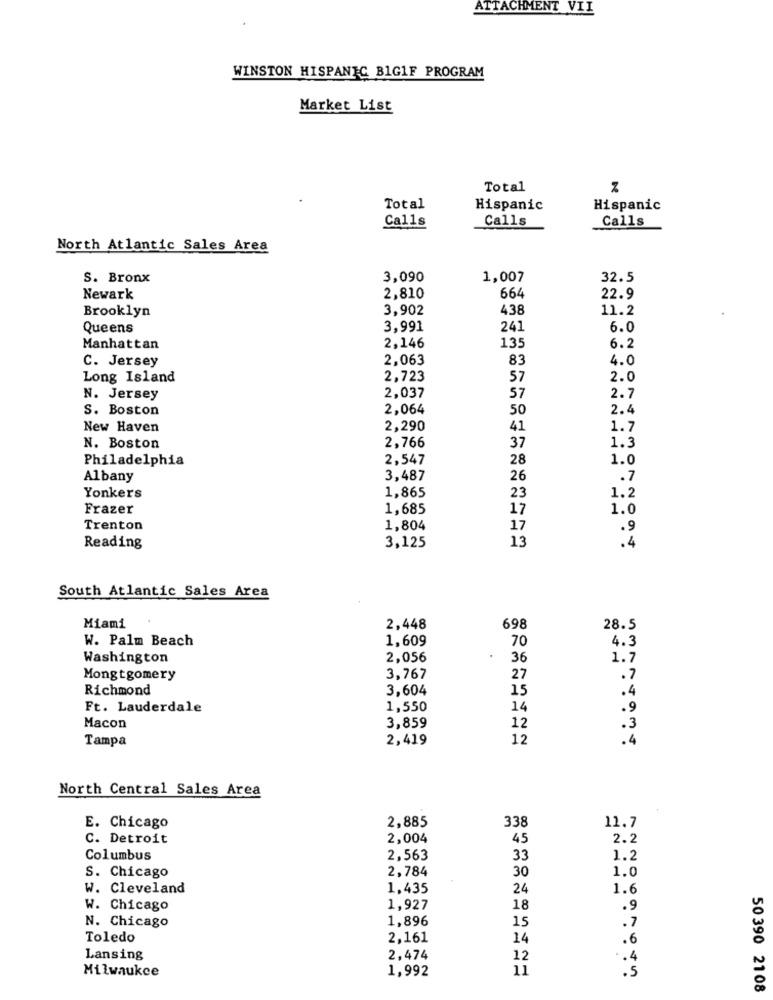
ATTACHMENT VII
WINSTON HISPANIC BIG1F PROGRAM
Market List
Total
Total
Hispanic
Hispanic
Calls
Calls
Calls
North Atlantic Sales Area
S. Bronx
3,090
1,007
32.5
Newark
2,810
664
22.9
Brooklyn
3,902
438
11.2
Queens
3,991
241
6.0
2,146
Manhattan
135
6.2
C. Jersey
2,063
83
4.0
Long Island
2,723
57
2.0
2,037
N. Jersey
57
2.7
S. Boston
2,064
50
2.4
New Haven
2,290
41
1.7
N. Boston
2,766
37
1.3
Philadelphia
2,547
28
1.0
Albany
3,487
26
.7
1,865
23
Yonkers
1.2
Frazer
1,685
17
1.0
Trenton
1,804
17
13
Reading
3,125
South Atlantic Sales Area
Miami
2,448
698
28.5
W. Palm Beach
1,609
70
4.3
Washington
2,056
36
1.7
Mongtgomery
3,767
27
.7
Richmond
3,604
15
.4
Ft. Lauderdale
1,550
14
.9
Macon
3,859
12
.3
Tampa
2,419
12
North Central Sales Area
2,885
338
E. Chicago
11.7
C. Detroit
2,004
45
2.2
Columbus
2,563
33
1.2
2,784
30
1.0
S. Chicago
W. Cleveland
1,435
24
1.6
W. Chicago
1,927
18
.9
1,896
15
.7
N. Chicago
Toledo
2,161
14
.6
Lansing
2,474
12
.4
Milwaukee
1,992
11
.5
50 390 2108